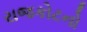
રાજકોટનો